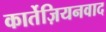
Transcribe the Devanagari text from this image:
कार्तेज़ियनवाद